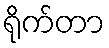
ရိုက်တာ